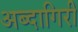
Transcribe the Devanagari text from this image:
अब्दागिरी